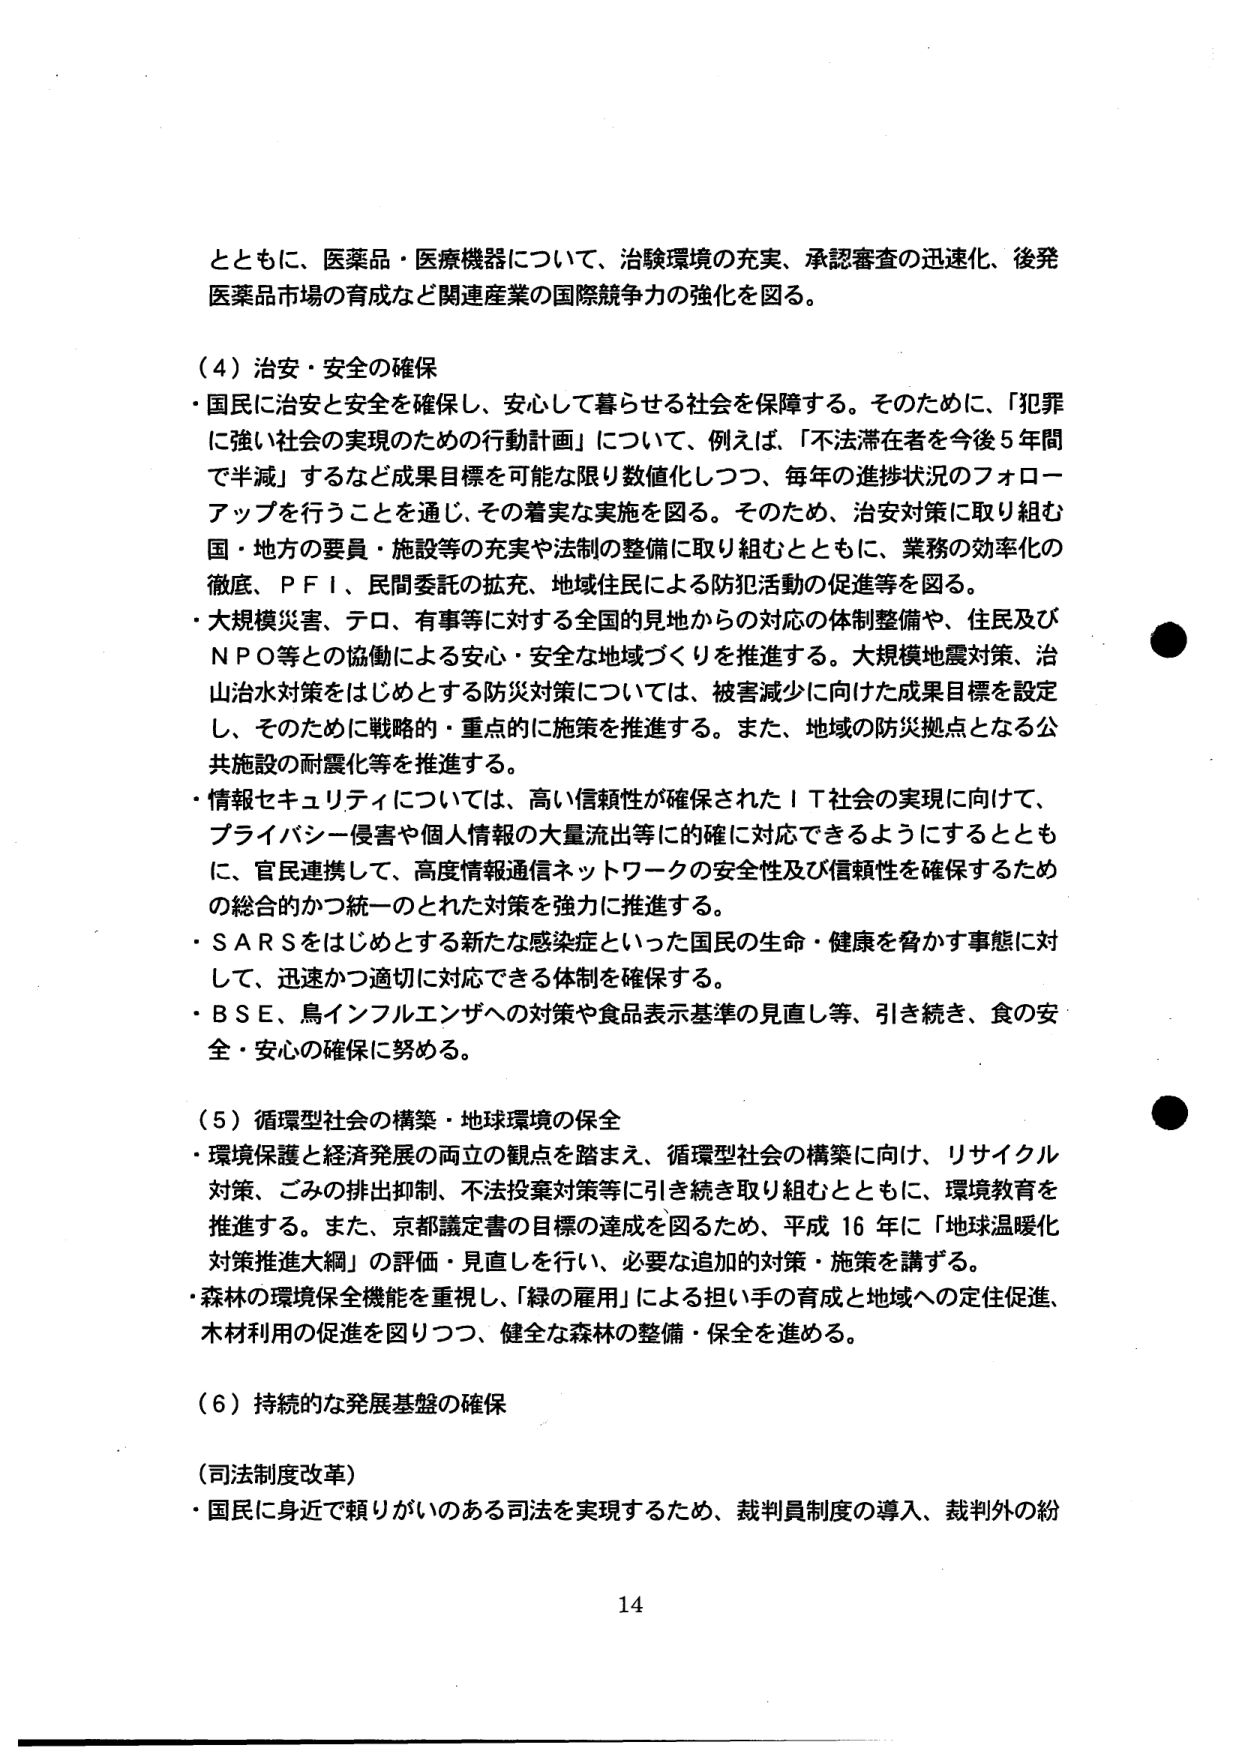
とともに、医薬品・医療機器について、治験環境の充実、承認審査の迅速化、後発医薬品市場の育成など関連産業の国際競争力の強化を図る。

（４）治安・安全の確保
・国民に治安と安全を確保し、安心して暮らせる社会を保障する。そのために、「犯罪に強い社会の実現のための行動計画」について、例えば、「不法滞在者を今後５年間で半減」するなど成果目標を可能な限り数値化しつつ、毎年の進捗状況のフォローアップを行うことを通じ、その着実な実施を図る。そのため、治安対策に取り組む国・地方の要員・施設等の充実や法制の整備に取り組むとともに、業務の効率化の徹底、ＰＦＩ、民間委託の拡充、地域住民による防犯活動の促進等を図る。
・大規模災害、テロ、有事等に対する全国的見地からの対応の体制整備や、住民及びＮＰＯ等との協働による安心・安全な地域づくりを推進する。大規模地震対策、治山治水対策をはじめとする防災対策については、被害減少に向けた成果目標を設定し、そのために戦略的・重点的に施策を推進する。また、地域の防災拠点となる公共施設の耐震化等を推進する。
・情報セキュリティについては、高い信頼性が確保されたＩＴ社会の実現に向けて、プライバシー侵害や個人情報の大量流出等に的確に対応できるようにするとともに、官民連携して、高度情報通信ネットワークの安全性及び信頼性を確保するための総合的かつ統一のとれた対策を強力に推進する。
・ＳＡＲＳをはじめとする新たな感染症といった国民の生命・健康を脅かす事態に対して、迅速かつ適切に対応できる体制を確保する。
・ＢＳＥ、鳥インフルエンザへの対策や食品表示基準の見直し等、引き続き、食の安全・安心の確保に努める。

（５）循環型社会の構築・地球環境の保全
・環境保護と経済発展の両立の観点を踏まえ、循環型社会の構築に向け、リサイクル対策、ごみの排出抑制、不法投棄対策等に引き続き取り組むとともに、環境教育を推進する。また、京都議定書の目標の達成を図るため、平成16年に「地球温暖化対策推進大綱」の評価・見直しを行い、必要な追加的対策・施策を講ずる。
・森林の環境保全機能を重視し、「緑の雇用」による担い手の育成と地域への定住促進、木材利用の促進を図りつつ、健全な森林の整備・保全を進める。

（６）持続的な発展基盤の確保

（司法制度改革）
・国民に身近で頼りがいのある司法を実現するため、裁判員制度の導入、裁判外の紛

14